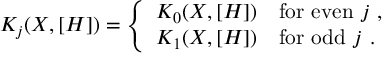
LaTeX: K _ { j } ( X , [ H ] ) = \left\{ \begin{array} { r l } { { K _ { 0 } ( X , [ H ] ) } } & { { \mathrm { f o r ~ e v e n ~ } j \ , } } \\ { { K _ { 1 } ( X , [ H ] ) } } & { { \mathrm { f o r ~ o d d ~ } j \ . } } \end{array} \right.